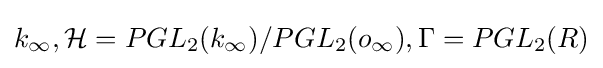
k_{\infty },{\mathcal {H}}=PGL_{2}(k_{\infty })/PGL_{2}(o_{\infty }),\Gamma =PGL_{2}(R)